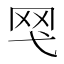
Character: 𱺴